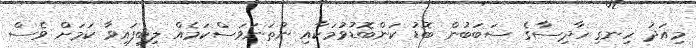
މިއަދު ހިނގި ހާދިސާގެ ސަބަބުން ބޮޑު ކަންބޮޑުވުމަކާއި ނުތަނަވަސްކަމެއް ލިބިފައިވާ ކަމަށް ވެސް